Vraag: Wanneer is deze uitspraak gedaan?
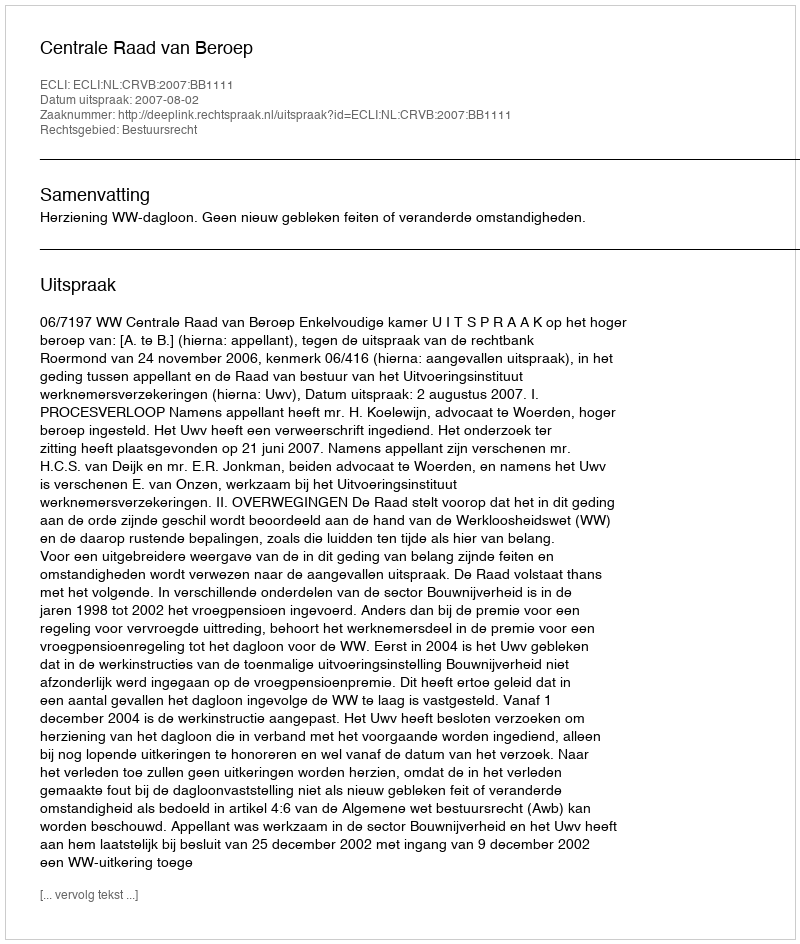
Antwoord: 2007-08-02